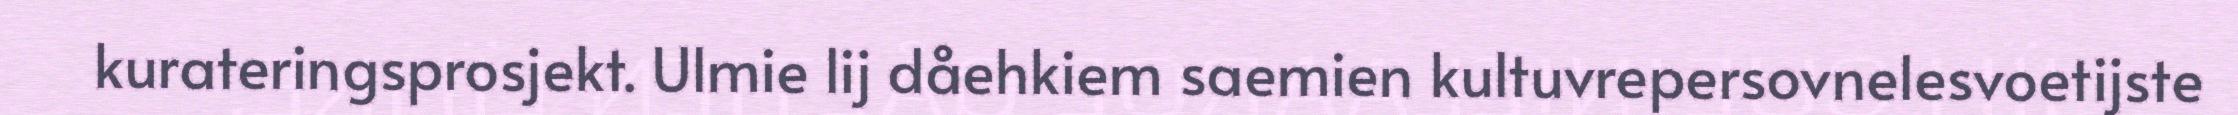
kurateringsprosjekt. Ulmie lij dåehkiem saemien kultuvrepersovnelesvoetijste